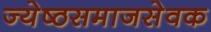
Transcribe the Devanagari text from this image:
ज्येष्ठसमाजसेवक